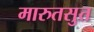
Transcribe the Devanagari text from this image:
मारुतसुत